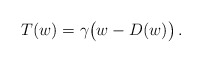
\begin{align*}T(w)=\gamma\big(w-D(w)\big)\,.\end{align*}